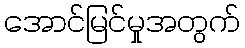
အောင်မြင်မှုအတွက်